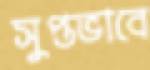
সুপ্তভাবে